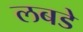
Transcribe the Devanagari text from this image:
लबडे